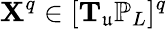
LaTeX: \mathbf{X}^{q}\in[\mathbf{T}_{\mathfrak{u}}\mathbb{P}_{L}]^{q}